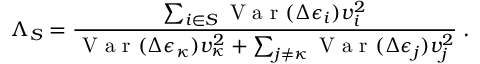
\Lambda _ { S } = \frac { \sum _ { i \in S } \mathrm { ~ V ~ a ~ r ~ } ( \Delta \epsilon _ { i } ) v _ { i } ^ { 2 } } { \mathrm { ~ V ~ a ~ r ~ } ( \Delta \epsilon _ { \kappa } ) v _ { \kappa } ^ { 2 } + \sum _ { j \neq \kappa } \mathrm { ~ V ~ a ~ r ~ } ( \Delta \epsilon _ { j } ) v _ { j } ^ { 2 } } \; .